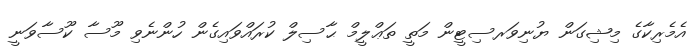
އެމެރިކާގެ މިޝިގަން ޔުނިވަރސިޓީން މަތީ ތަޢްލީމް ޙާސިލް ކުރައްވައިގެން ހުންނެވި މޫސާ ކޫސާވަނީ